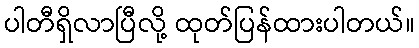
ပါတီရှိလာပြီလို့ ထုတ်ပြန်ထားပါတယ်။